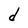
Character: d